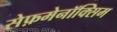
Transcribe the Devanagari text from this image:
सेफ़मेनॉक्सिम